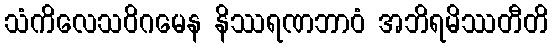
သံကိလေသဝိဂမေန နိဿရဏဘာဝံ အဘိရမိဿတီတိ